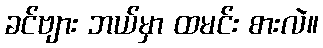
ခင်ဗျား ဘယ်မှာ ထမင်း စားလဲ။